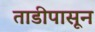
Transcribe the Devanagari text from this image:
ताडीपासून